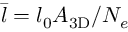
\bar { l } = l _ { 0 } A _ { \mathrm { 3 D } } / N _ { e }